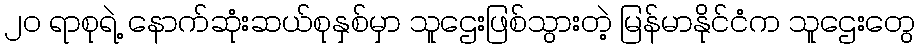
၂၀ ရာစုရဲ့ နောက်ဆုံးဆယ်စုနှစ်မှာ သူဌေးဖြစ်သွားတဲ့ မြန်မာနိုင်ငံက သူဌေးတွေ